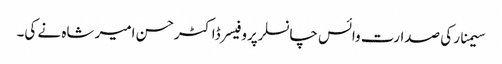
سیمنار کی صدارت وائس چانسلرپروفیسرڈاکٹرحسن امیر شاہ نے کی۔